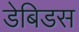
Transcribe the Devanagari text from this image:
डेबिडस